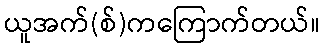
ယူအက်(စ်)ကကြောက်တယ်။